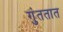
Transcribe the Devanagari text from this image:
गुंततात